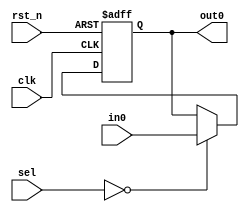
// -----------------------------------------------------------------------
// EDABK       401 C9 Building, Hanoi University of Science and Technology
//             No 1, Dai Co Viet Street, Hai Ba Trung Dist., Hanoi
// -----------------------------------------------------------------------
// Project     : Singular Value Decomposition

//  Cho du lieu di qua 1 thanh ghi
module reg_cordic
#(
	parameter width = 32
)
(
	input				[width-1:0]	in0,
	input								clk,rst_n,
	input				[3:0]			sel,
	output	reg	[width-1:0]	out0
);
	always @ (posedge clk or negedge rst_n)begin
		if(!rst_n)begin
			out0 <= 0;
		end
		else if (!sel)	begin
			out0 <= in0;
		end
	end
endmodule